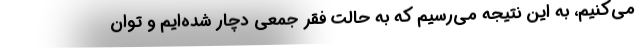
می‌کنیم، به این نتیجه می‌رسیم که به حالت فقر جمعی دچار شده‌ایم و توان